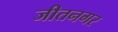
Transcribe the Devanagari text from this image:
जीतनगर